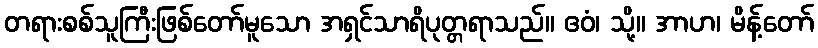
တရားစစ်သူကြီးဖြစ်တော်မူသော အရှင်သာရိပုတ္တရာသည်။ ဧဝံ၊ သို့။ အာဟ၊ မိန့်တော်